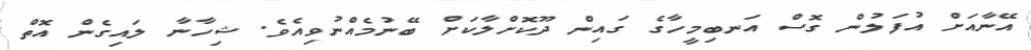
އޭނާއަށް އުފަލުން ގޮސް އަނބިމީހާގެ ގައިން ދޫކޮށްލާކަށް ބޭނުމެއްނުވިއެވެ. ޝިހާނާ ލައިގެން އޮތް